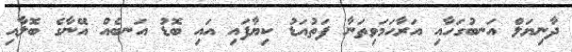
ދާނިޔަލް އަނބުގަހާއި އަރާހަމަވިތަނާ ފަތުއަޑު ކިޔާފައި އައި ބޮޑު އަނބެއް އޭނާގެ ބޮލާއި